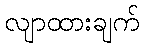
လျာထားချက်